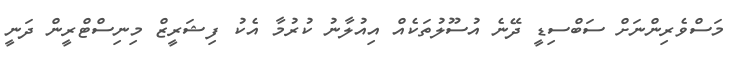
މަސްވެރިންނަށް ސަބްސިޑީ ދޭނެ އުސޫލުތަކެއް އިއުލާނު ކުރުމާ އެކު ފިޝަރީޒް މިނިސްޓްރީން ދަނީ